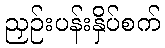
ညှဉ်းပန်းနှိပ်စက်